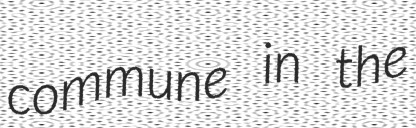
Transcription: commune in the